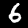
Label: 6